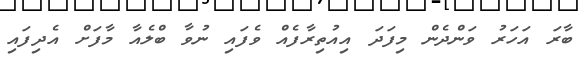
ބާރަ އަހަރު ވަންދެން މިފަދަ އިއުތިރާފެއް ވެފައި ނުވާ ބްލެއާ މާފަށް އެދިފައި